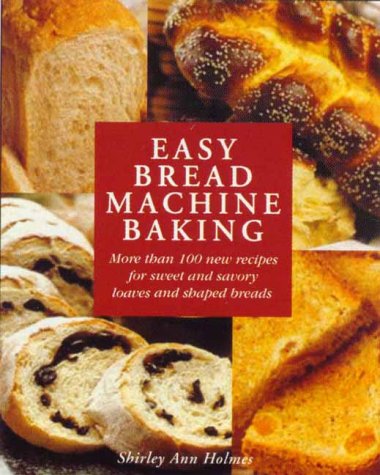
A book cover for Easy Bread Machine Baking: More than 100 new recipes for sweet and savoury loaves and shaped breads; Shirley Holmes; Cookbooks, Food & Wine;